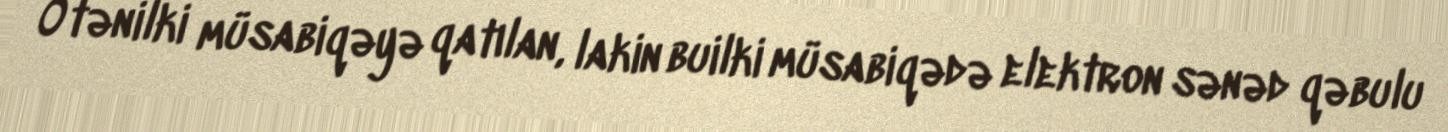
Ötənilki müsabiqəyə qatılan, lakin builki müsabiqədə elektron sənəd qəbulu